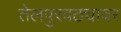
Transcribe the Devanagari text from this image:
तेलपुरवठ्यावर